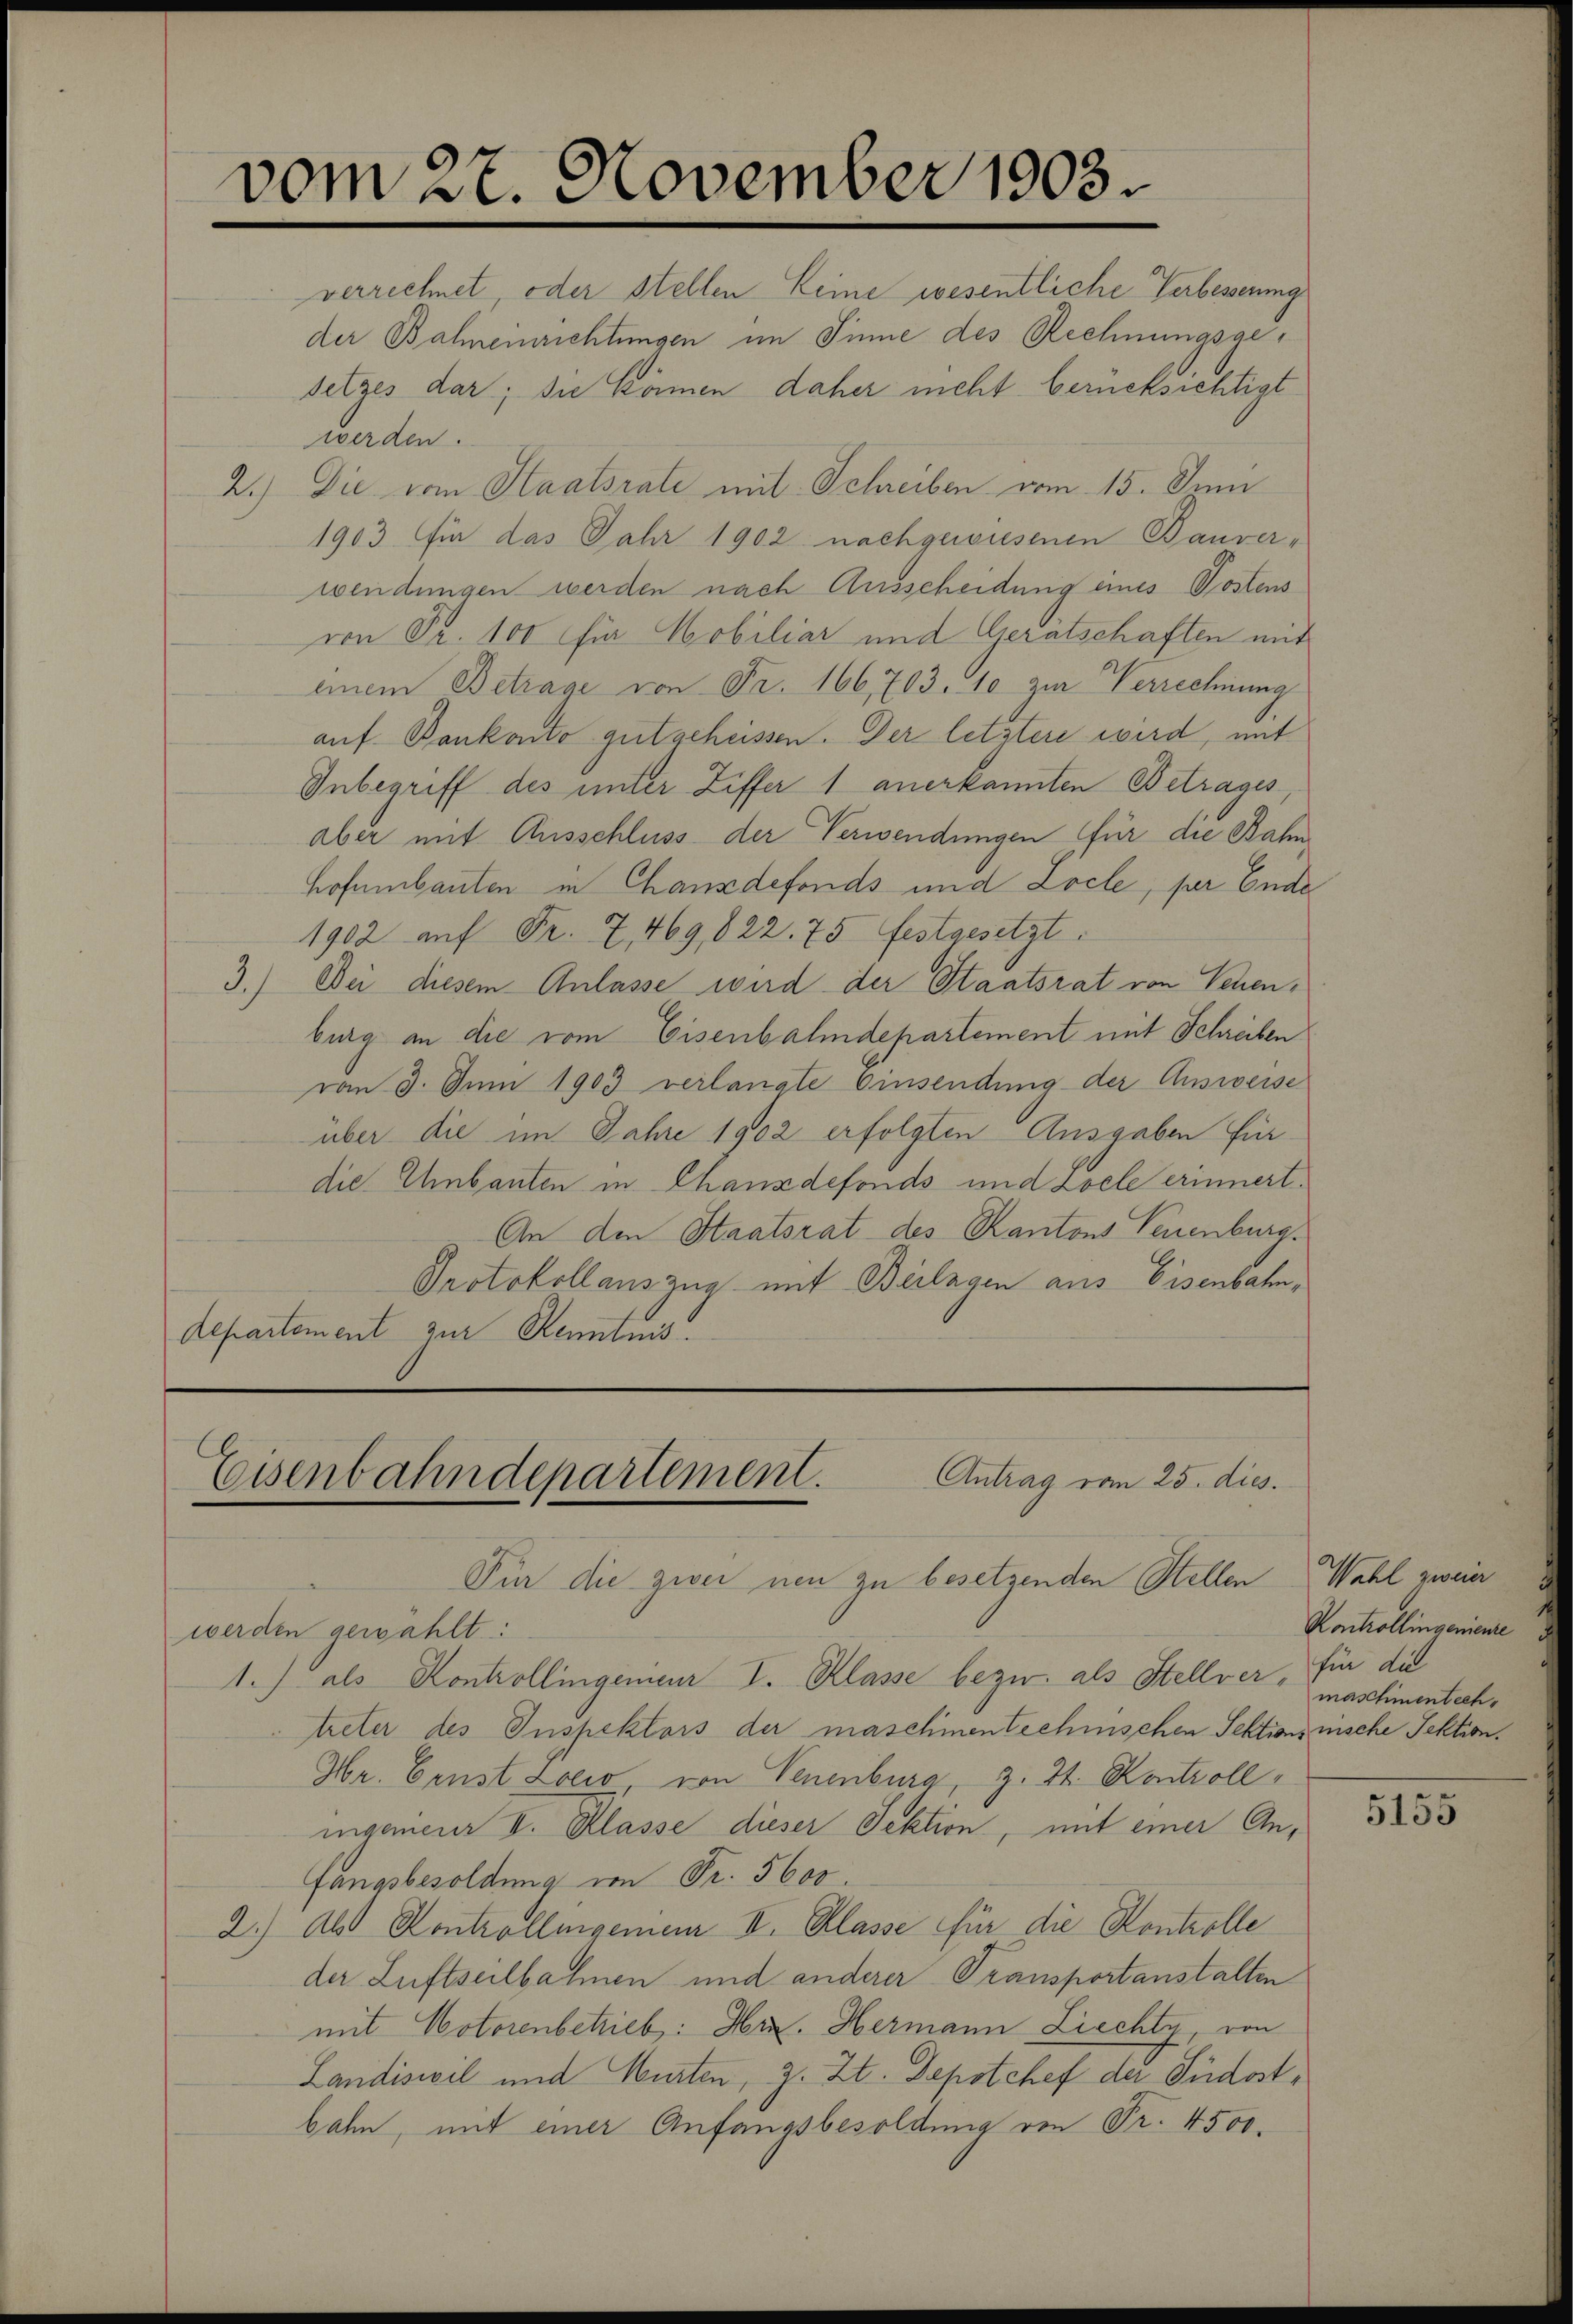
vom 27. November 1903.

verrechnet, oder stellen Seine wesentliche Verbesserung
der Bahnemrichtungen im Sinne des Rechnungsgesetzes dar; sie können daher nicht berücksichtigt
werden.
2.) Die vom Staatsrate mit Schreiben vom 15. Juni
1903. für das Jahr 1902 nachgewiesenen Bauverwendungen werden nach Ausscheidung eines Postens
von Fr. 100 für Mobiliar und Gerätschaften mit
einem Betrage von Fr. 166, 703. 10 zur Verrechnung
auf Bankonto gutgeheissen. Der letzter wird, mit
Inbegriff des unter Ziffer 1 anerkannten Betrages
aber mit Ausschluss der Verwendungen für die Bahn
Hofumbauten in Chanzdefonds und Locle, per Ende
1902 auf Fr. 7, 469,822. 75 festgesetzt.
3.) Bei diesem Anlasse wird der Staatsrat von Sehenburg an die vom Eisenbahndepartement mit Schreiben
vom 3. Juni 1903 verlangte Einsendung der Ausweise
über die im Jahre 1902 erfolgten Ausgaben für
die Ehnbauten in Chanzdefonds und zoele erinnert.
An den Staatsrat des Kantons Teuenburg.
Protokollauszug mit Beilagen aus Eisenbahn,
Departement zur Kenntnis.

Eisenbahndepartement. Antrag vom 25. dies.

Für die zwei neu zu besetzenden Stellen Wahl zweier
werden gewählt:
1.) als Kontrollingenieur I. Klasse bezw. als Stellver, für die
treter des Inspektors der maschinentechnischen Sektionsmische Tektion.
Hr. Ernst Locio von Neuenburg, z. Zt. Kontroll
iigeneur v. Klasse dieser Sektion, mit einer Anfangsbesoldung von Fr. 5600
2.) Als Kontrollegenen II. Klasse für die Kontrolle
der Luftseilbahnen und anderer Transportanstalten
mit Motorenbetrieb: Hrn. Hermann Liechty, von
Landiswil und Würten, z. Zt. Depotchef der Südostbahn, mit einer Anfangsbesoldung von Fr. 4500.

Kontrollingenieure
maschinentech¬

5155